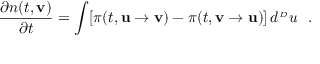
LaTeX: \frac { \partial n ( t , { \bf v } ) } { \partial t } = \int [ \pi ( t , { \bf u } \rightarrow { \bf v } ) - \pi ( t , { \bf v } \rightarrow { \bf u } ) ] \, d ^ { _ { ^ D } } u \ \ .